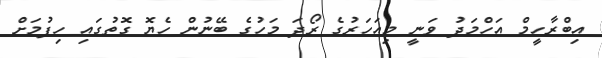
އިބްރާހީމް އަހްމަދު ވަނީ މިއަހަރުގެ ރޯދަ މަހުގެ ބޭނުން ހެޔޮ ގޮތުގައި ހިފުމަށް